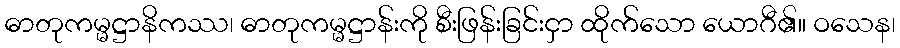
ဓာတုကမ္မဋ္ဌာနိကဿ၊ ဓာတုကမ္မဋ္ဌာန်းကို စီးဖြန်းခြင်းငှာ ထိုက်သော ယောဂီ၏။ ဝသေန၊